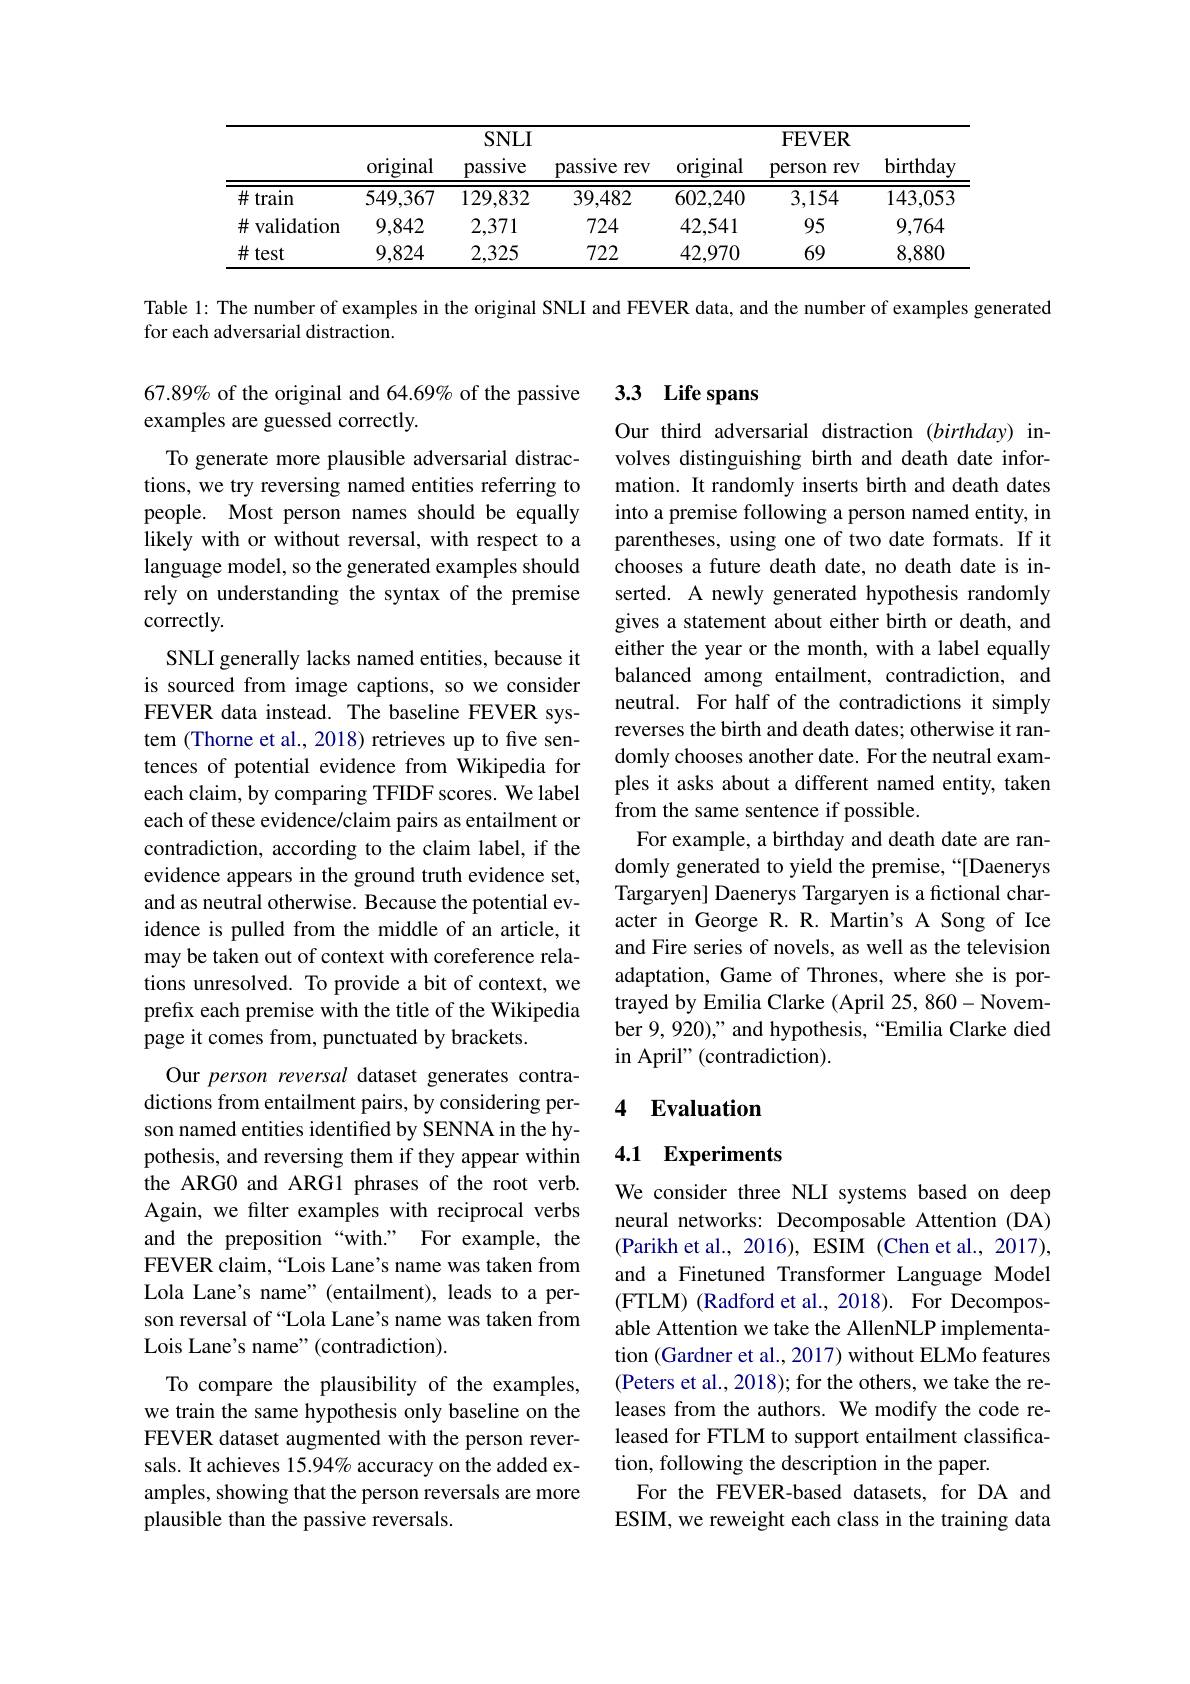
<table>
	<tbody>
		<tr>
			<th> </th>
			<th colspan="3">$SNLI$</th>
			<th colspan="3">$\mathbf{FEVER}$</th>
		</tr>
		<tr>
			<th> </th>
			<th>original</th>
			<th>$SNLI$ pass1ve</th>
			<th>pass1Ve rev 1 1:</th>
			<th>original</th>
			<th>$\mathbf{FEVER}$ person rev</th>
			<th>birthday</th>
		</tr>
		<tr>
			<th> </th>
			<th>$\operatorname{original}$</th>
			<th>$SNLI$ pass1ve</th>
			<th>pass1Ve :rev -</th>
			<th>$\operatorname{original}$</th>
			<th>$\mathbf{FEVER}$ person rev</th>
			<th>birthday</th>
		</tr>
		<tr>
			<td>$\#$ train</td>
			<td>549,367</td>
			<td>129,832</td>
			<td>39,482</td>
			<td>602,240</td>
			<td>3,154</td>
			<td>143,053</td>
		</tr>
		<tr>
			<td>$\#$ validation</td>
			<td>9,842</td>
			<td>2,371</td>
			<td>724</td>
			<td>42,541</td>
			<td>95</td>
			<td>9,764</td>
		</tr>
		<tr>
			<td>$\#$test</td>
			<td>9,824</td>
			<td>2,325</td>
			<td>722</td>
			<td>42,970</td>
			<td>69</td>
			<td>8,880</td>
		</tr>
	</tbody>
</table>

Table 1: The number of examples in the original SNLI and FEVER data, and the number of examples generated
for each adversarial distraction.

## 3.3 Life spans

Our third adversarial distraction $(birthday)$ involves distinguishing birth and death date information. It randomly inserts birth and death dates into a premise following a person named entity, in parentheses, using one of two date formats. If it chooses a future death date, no death date is inserted. A newly generated hypothesis randomly gives a statement about either birth or death, and either the year or the month, with a label equally balanced among entailment, contradiction, and neutral. For half of the contradictions it simply reverses the birth and death dates; otherwise it randomly chooses another date. For the neutral examples it asks about a different named entity, taken from the same sentence if possible.
For example, a birthday and death date are randomly generated to yield the premise,“[Daenerys Targaryen] Daenerys Targaryen is a fictional character in George R. R. Martin's A Song of Ice and Fire series of novels, as well as the television adaptation, Game of Thrones, where she is portrayed by Emilia Clarke (April 25, 860-November 9, 920)," and hypothesis, “Emilia Clarke died in April" (contradiction).

67.89% of the original and 64.69% of the passive
examples are guessed correctly
To generate more plausible adversarial distractions, we try reversing named entities referring to people. Most person names should be equally likely with or without reversal, with respect to a language model, so the generated examples should rely on understanding the syntax of the premise correctly.
SNLI generally lacks named entities, because it is sourced from image captions, so we consider FEVER data instead. The baseline FEVER system (Thorne et al., 2018) retrieves up to five sentences of potential evidence from Wikipedia for each claim, by comparing TFIDF scores. We label each of these evidence/claim pairs as entailment or contradiction, according to the claim label, if the evidence appears in the ground truth evidence set, and as neutral otherwise. Because the potential evidence is pulled from the middle of an article, it may be taken out of context with coreference relations unresolved. To provide a bit of context, we prefix each premise with the title of the Wikipedia page it comes from, punctuated by brackets.
Our person reversal dataset generates contradictions from entailment pairs, by considering person named entities identified by SENNA in the hypothesis, and reversing them if they appear within the ARG0 and ARG1 phrases of the root verb. Again, we filter examples with reciprocal verbs and the preposition“with.” For example, the FEVER claim,“Lois Lane's name was taken from Lola Lane's name"(entailment), leads to a person reversal of “Lola Lane’s name was taken from Lois Lane's name" (contradiction).
To compare the plausibility of the examples, we train the same hypothesis only baseline on the FEVER dataset augmented with the person reversals. It achieves 15.94% accuracy on the added examples, showing that the person reversals are more plausible than the passive reversals

## 4 Evaluation

### 4.1 Experiments

We consider three NLI systems based on deep neural networks: Decomposable Attention (DA) (Parikh et al., 2016), ESIM (Chen et al., 2017), and a Finetuned Transformer Language Model ( FTLM) ( Radford et al. , 2018) . For Decompos- able Attention we take the AllenNLP implementation (Gardner et al., 2017) without ELMo features (Peters et al., 2018); for the others, we take the releases from the authors. We modify the code released for FTLM to support entailment classification, following the description in the paper.
For the FEVER-based datasets, for DA and ESIM, we reweight each class in the training data